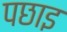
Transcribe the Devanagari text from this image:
पछाइ